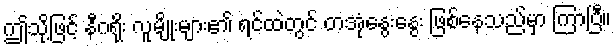
ဤသို့ဖြင့် နီဂရိုး လူမျိုးများ၏ ရင်ထဲတွင် တအုံနွေးနွေး ဖြစ်နေသည်မှာ ကြာပြီ။